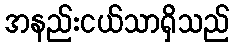
အနည်းငယ်သာရှိသည်